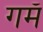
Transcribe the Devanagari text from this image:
गमॅ